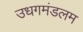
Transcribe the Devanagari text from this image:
उधगमंडलम